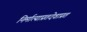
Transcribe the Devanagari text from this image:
निर्मात्याप्रतदेवाप्रत